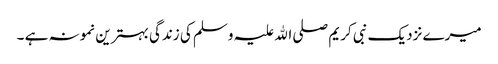
میرے نزدیک نبی کریم صلی اﷲ علیہ وسلم کی زندگی بہترین نمونہ ہے ۔